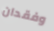
وفقدان